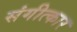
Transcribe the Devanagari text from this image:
संगीत्कार